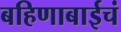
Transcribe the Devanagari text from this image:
बहिणाबाईचं